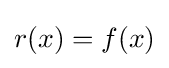
r(x)=f(x)